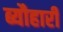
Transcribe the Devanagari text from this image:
ब्यौहारी